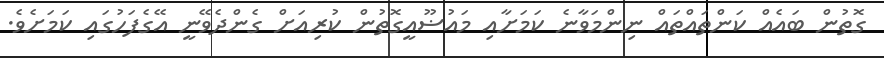
ގޮތުން ބައެއް ކަންތައްތައް ނިންމަވާނެ ކަމަށާއި މައުޟޫއީގޮތުން ކުރިއަށް ގެންދެވޭނީ އޭގެފަހުގައި ކަމަށެވެ.